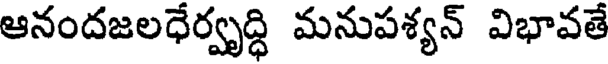
ఆనందజలధేర్వృద్ధి మనుపశ్యన్ విభావతే